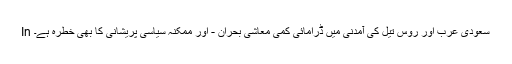
In سعودی عرب اور روس تیل کی آمدنی میں ڈرامائی کمی معاشی بحران - اور ممکنہ سیاسی پریشانی کا بھی خطرہ ہے۔